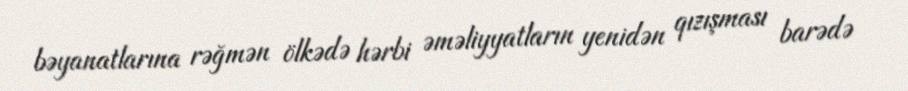
bəyanatlarına rəğmən ölkədə hərbi əməliyyatların yenidən qızışması barədə